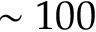
\sim 1 0 0